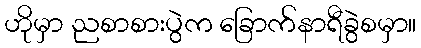
ဟိုမှာ ညစာစားပွဲက ခြောက်နာရီခွဲစမှာ။